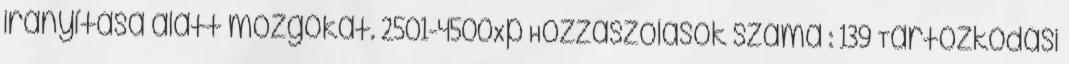
irányítása alatt mozgókat. 2501-4500Xp Hozzászólások száma : 139 Tartózkodási